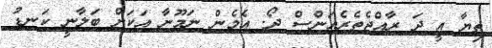
ތިޔާ އީ ދަ ރާއްޖެތެރެއަންސް ދޯ. އެމެން ނަމޫނާ އަކަށް ބަލާނީ ކަނޑު